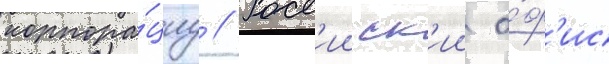
корпора́циу // Росс'ииск'ии о́ф'ис